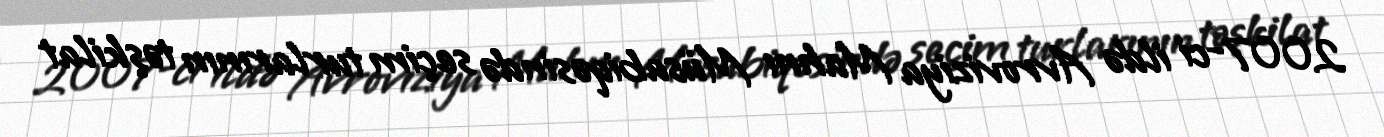
2007-ci ildə Avroviziya Mahnı Müsabiqəsində seçim turlarının təşkilat